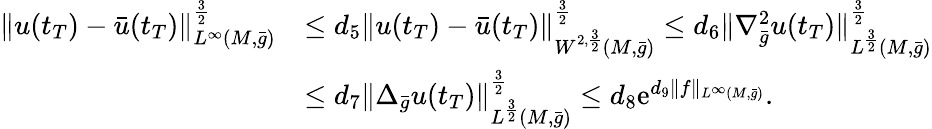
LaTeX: \begin{array}{rl}{\| u(t_{T})-\bar{u}(t_{T})\| _{L^{\infty}(M,\bar{g})}^{\frac 32}}&{\le d_{5}\| u(t_{T})-\bar{u}(t_{T})\| _{W^{2,\frac 32}(M,\bar{g})}^{\frac 32}\le d_{6}\| \nabla_{\bar{g}}^{2}u(t_{T})\| _{L^{\frac 32}(M,\bar{g})}^{\frac 32}}\\ &{\le d_{7}\| \Delta_{\bar{g}}u(t_{T})\| _{L^{\frac 32}(M,\bar{g})}^{\frac 32}\le d_{8}\mathrm{e}^{d_{9}\| f\| _{L^{\infty}(M,\bar{g})}}.}\end{array}